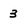
Character: 3